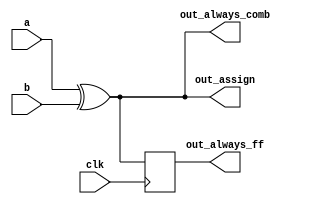
// synthesis verilog_input_version verilog_2001
module top_module(
    input clk,
    input a,
    input b,
    output wire out_assign,
    output reg out_always_comb,
    output reg out_always_ff   );

assign out_assign = a ^ b;
// assign procedures

always @(*) out_always_comb = a^b;
// always @(*) loop while  
//   

// always @(clk)  flip-flop
//  
// <= 

always @(posedge clk ) begin
    out_always_ff <= a^b;
end
endmodule